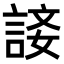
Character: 𧨐